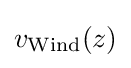
v_{\mathrm {Wind} }(z)